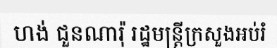
ហង់ ជួនណារ៉ុ រដ្ឋមន្ត្រីក្រសួងអប់រំ